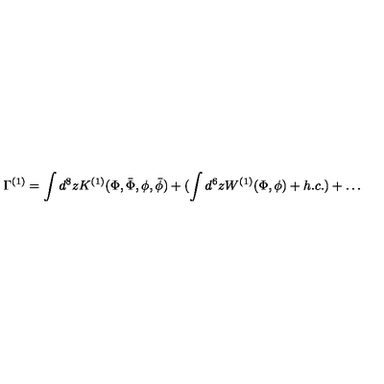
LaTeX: \Gamma ^ { ( 1 ) } = \int d ^ { 8 } z K ^ { ( 1 ) } ( \Phi , \bar { \Phi } , \phi , \bar { \phi } ) + ( \int d ^ { 6 } z W ^ { ( 1 ) } ( \Phi , \phi ) + h . c . ) + \ldots